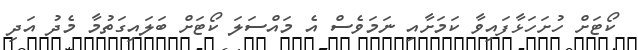
ކޯޓަށް ހުށަހަޅާފައިވާ ކަމަށާއި ނަމަވެސް އެ މައްސަލަ ކޯޓަށް ބަލައިގަތުމާ މެދު އަދި